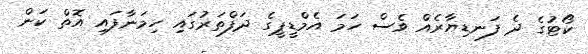
ކޯޓުގެ ދެ ފަނޑިޔާރެއް ވެސް ހަމަ އެމްޑީޕީގެ ދަފްތަރުގައި ހިމަނާފައި އޮތް ކަން